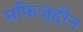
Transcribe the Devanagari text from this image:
मफिजुद्दीन